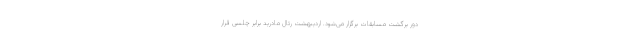
دور برگشت مسابقات برگزار می‌شود. اردیبهشت رئال مادرید برابر چلسی قرار